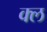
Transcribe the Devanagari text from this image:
क्ल